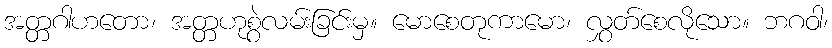
အတ္တဂါဟတော၊ အတ္တဟုစွဲလမ်းခြင်းမှ။ မောစေတုကာမော၊ လွှတ်စေလိုသော။ ဘဂဝါ၊